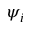
\psi _ { i }